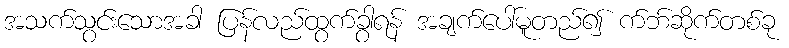
အသက်သွင်းသောအခါ ပြန်လည်ထွက်ခွာရန် အချက်ပေါ်မူတည်၍ က်ဘ်ဆိုက်တစ်ခု